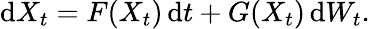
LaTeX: \mathrm{d}X_{t}=F(X_{t})\, \mathrm{d}t+G(X_{t})\, \mathrm{d}W_{t}.